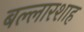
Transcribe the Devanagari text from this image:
बल्लारशाह